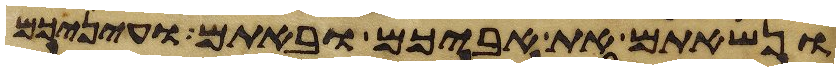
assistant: ונשאתם את אביכם ובאתם ועיניכם